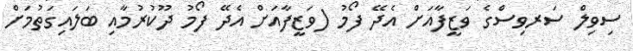
ސިވިލް ސަރވިސްގެ ވަޒީފާއަށް އެދޭ ފޯމު (ވަޒީފާއަށް އެދޭ ފޯމު ދޫކުރުމާއި ބަލައިގަތުމަށް